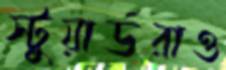
স্টুয়ার্ডরাও